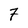
Character: 7